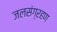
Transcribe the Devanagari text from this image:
जलसंग्रहण